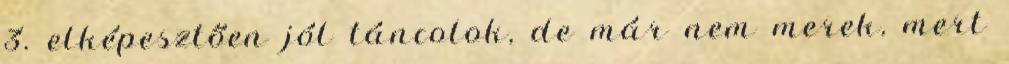
3. elképesztően jól táncolok, de már nem merek, mert